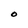
Character: O